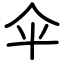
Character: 伞